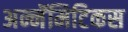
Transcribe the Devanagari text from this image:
अन्नॅमिटिकस